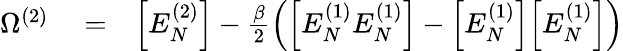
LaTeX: \begin{array}{rlr}{\Omega^{(2)}}&{{}=}&{\Big[E_{N}^{(2)}\Big]-\frac{\beta}{2}\left(\Big[E_{N}^{(1)}E_{N}^{(1)}\Big]-\Big[E_{N}^{(1)}\Big]\Big[E_{N}^{(1)}\Big]\right)}\end{array}